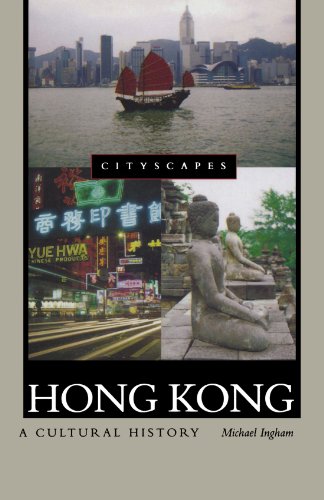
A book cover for Hong Kong: A Cultural History (Cityscapes); Michael Ingham; History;